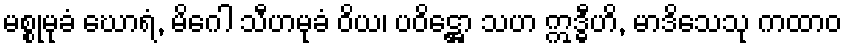
မစ္စုမုခံ ဃောရံ, မိဂေါ သီဟမုခံ ဝိယ၊ ပဝိဋ္ဌော သဟ ဣဒ္ဓီဟိ, မာဒိသေသု ကထာဝ